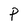
Character: P